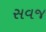
સવજ